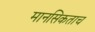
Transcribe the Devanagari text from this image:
मानसिकताच